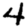
Digit: 4